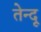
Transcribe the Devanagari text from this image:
तेन्दू